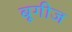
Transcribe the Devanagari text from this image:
बूगीज